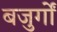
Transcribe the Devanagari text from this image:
बजुर्गों